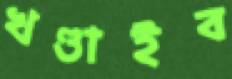
খণ্ডাইব